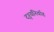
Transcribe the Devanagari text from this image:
दृश्यनिर्वाह